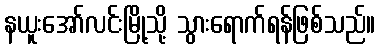
နယူးအော်လင်းမြို့သို့ သွားရောက်ရန်ဖြစ်သည်။